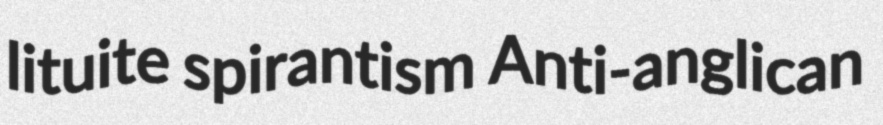
lituite spirantism Anti-anglican